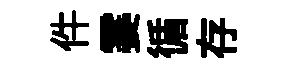
件霎循存